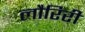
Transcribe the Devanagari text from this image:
लौरिरी